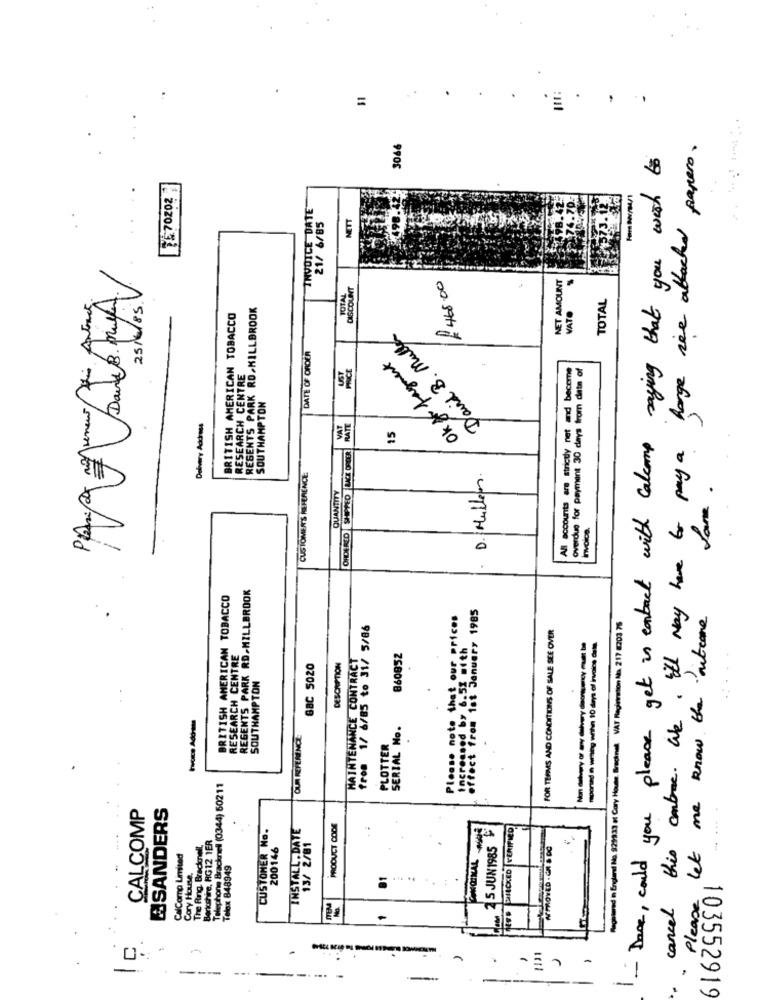
=
.
3066
cancel this combre. We, Il may have to pay a harge ise attached papero.
- Doce, could you please get in contact with calcomp saying that you wish
INVOICE DATE
NETT
21/ 6/85
£468.00
NET AMOUNT
25/6/85V
TOTAL
TOTAL
REGENTS PARK RD.MILLBROOK
VATO
BRITISH AMERICAN TOBACCO
David B. Mulle
DATE OF ORDER
Ok for fragment
All accounts are strictly net and become
overdue for payment 30 days from data of
RESEARCH CENTRE
SOUTHAMPTON
Delivery Address
VAT
15
ORDERED SHIPPED LACE ORDER
CUSTOMER'S REFERENCE:
D. Mullen.
QUANTITY
Invoice.
REGENTS PARK RD-MILLBROOK
BRITISH AMERICAN TOBACCO
ffect from 1st January 1985
Please let me know the outcome
Please note that our prices
Registered in England No. 929933 ot Cary Houts. Bredinal VAT Registration No 217 8203 75
from 1/ 6/85 to 31/ 5/86
FOR TERMS AND CONDITIONS OF SALE SEE OVER
RESEARCH CENTRE
MAINTENANCE CONTRACT
860852
....
BBC 5020
DESCRIPTION
SOUTHAMPTON
SERIAL Mo.
OUR REFERENCE
PLOTTER
Telephone Bracknell (0344) 50211
CALCOMP
SANDERS
CUSTOMER No.
INSTALL. DATE
PRODUCT CODE
2 5 JUN1985
The Ring. Bracknell.
Berkshire, HG 12 1ER
200146
13/ 2/81
APROVED . GR & DO
CalComo Limited
Telex 848949
Cory House.
-
-
-
103552919